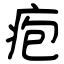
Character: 疱